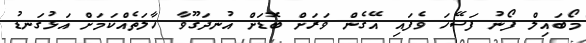
މޯބައިލް ފޯނު ފަސޭހަ ވެފައި އޭގެން ވަރަށް ބޮޑަށް އުނދަގޫވާ ހާލަތެއްކަމަށް އަޅުގަނޑު